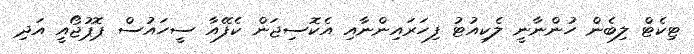
ޓިކެޓް ލިބެން ހުންނާނީ ލެކިއުޓު ފިހަރައިންނާއި އެކޮސިޖަން ކެފޭއާ ސީހައުސް ޕޮޕުޖޯއީ އަދި